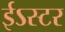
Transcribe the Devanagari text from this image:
ईऽस्टर